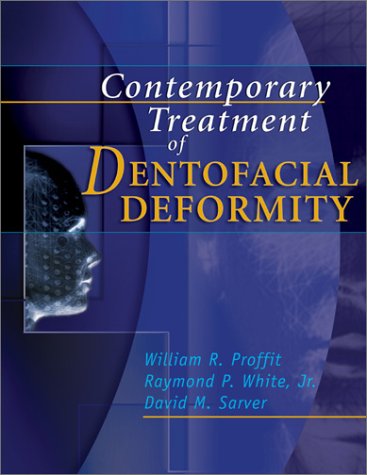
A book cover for Contemporary Treatment of Dentofacial Deformity, 1e; William R. Proffit DDS  PhD; Medical Books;